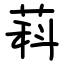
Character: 萪